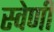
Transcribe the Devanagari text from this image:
स्वेणी